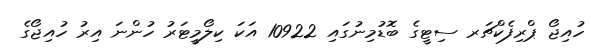
ހުއިޖޯ ޕްރިފެކްޗަރ ސިޓީގެ ބޮޑުމިނުގައި 10922 އަކަ ކިލޯމީޓަރު ހުންނަ އިރު ހުއިޖޯގެ